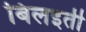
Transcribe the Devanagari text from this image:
बिलइती